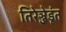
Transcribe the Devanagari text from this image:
तिरेञ्जेडूंत